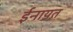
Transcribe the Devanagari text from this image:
ईनायत